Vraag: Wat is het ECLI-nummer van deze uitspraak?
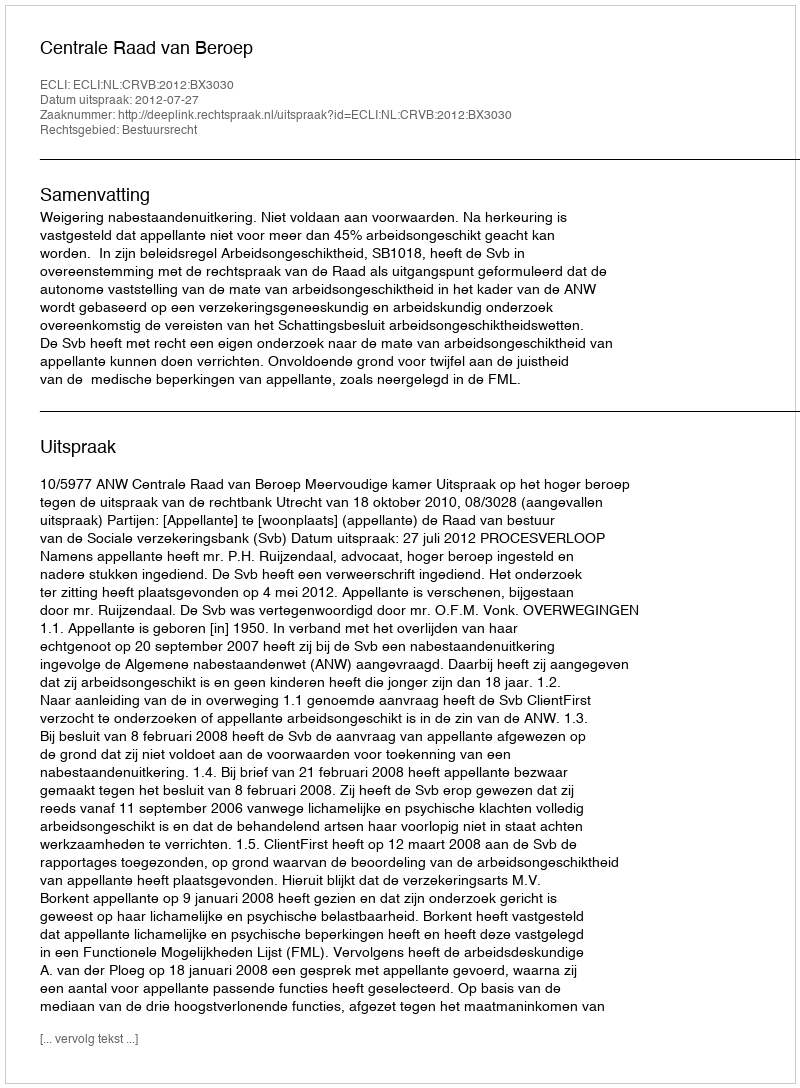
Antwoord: ECLI:NL:CRVB:2012:BX3030